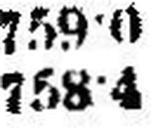
758•4